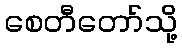
စေတီတော်သို့